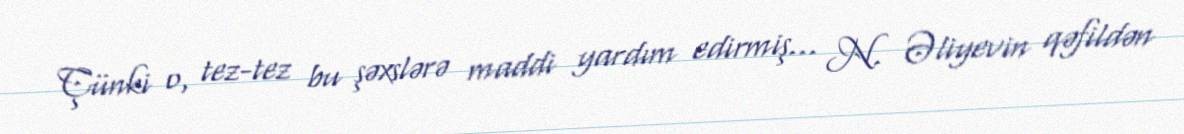
Çünki o, tez-tez bu şəxslərə maddi yardım edirmiş... N. Əliyevin qəfildən